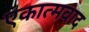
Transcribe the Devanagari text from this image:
एकात्मवाद